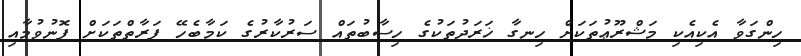
ހިންގަވާ އެކިއެކި މަޝްރޫޢުތަކަށް ހިނގާ ޚަރަދުތަކުގެ ހިސާބުތައް ސަރުކާރުގެ ކަމާބެހޭ ފަރާތްތަކަށް ފޮނުވުމާއި